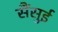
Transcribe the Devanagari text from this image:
सैंसुई